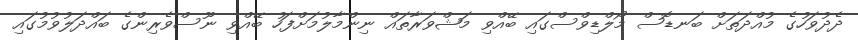
ދެދުވަހުގެ މުއްދަތަށް ބަނޑޮސް މޯލްޑިވްސްގައި ބޭއްވި މަޝްވަރާތައް ނިންމާލުމަށްފަހު ބޭއްވި ނޫސްވެރިންގެ ބައްދަލުވުމުގައި